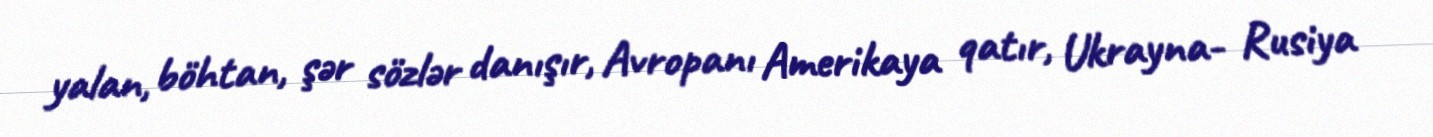
yalan, böhtan, şər sözlər danışır, Avropanı Amerikaya qatır, Ukrayna- Rusiya